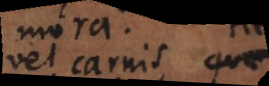
vel carnis, vel